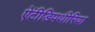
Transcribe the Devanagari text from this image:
ऐंटीडिपथीरिया